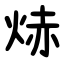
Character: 焃